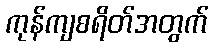
ကုန်ကျစရိတ်အတွက်